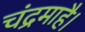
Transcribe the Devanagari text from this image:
चंद्रमाहै।